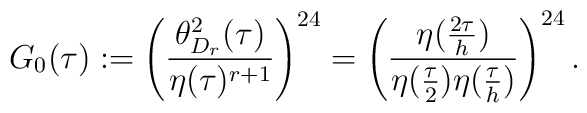
G_0(\tau):=\left(\frac{\theta^2_{D_r}(\tau)}{\eta(\tau)^{r+1}}\right)^{24}=\left(\frac{\eta(\frac{2\tau}{h})}{\eta(\frac{\tau}{2})\eta(\frac{\tau}{h})}\right)^{24}.